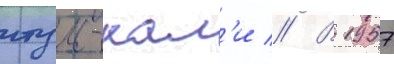
итум-кал'и // В 1957